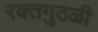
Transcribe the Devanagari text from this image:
रक्तगुठळी